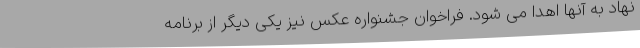
نهاد به آنها اهدا می شود. فراخوان جشنواره عکس نیز یکی دیگر از برنامه